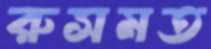
রুসমত